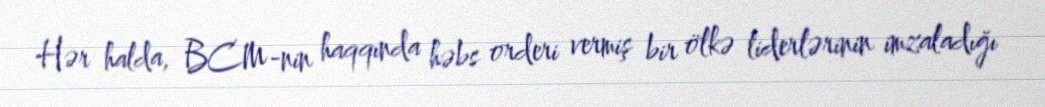
Hər halda, BCM-nin haqqında həbs orderi vermiş bir ölkə liderlərinin imzaladığı